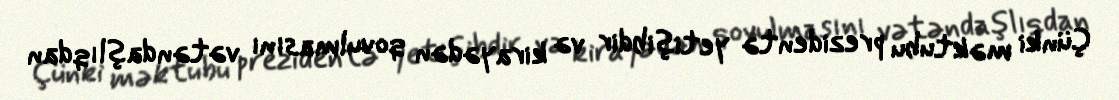
Çünki məktubu prezidentə yetişibdir və kirayədən qovulmasını vətəndaşlıqdan